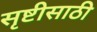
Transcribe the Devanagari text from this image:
सृष्टीसाठी